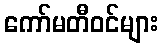
ကော်မတီဝင်များ